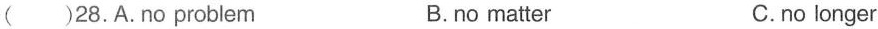
( )28.A.no problem B.no matter C.no longer